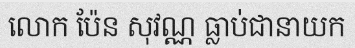
លោក ប៉ែន សុវណ្ណ ធ្លាប់ជានាយក